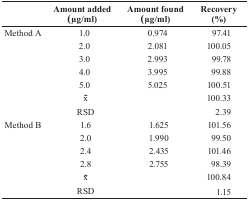
<table><thead><tr><td>[EMPTY_CELL]</td><td><b>Amount added (μg/ml)</b></td><td><b>Amount found (μg/ml)</b></td><td><b>Recovery (%)</b></td></tr></thead><tbody><tr><td rowspan="7">Method A</td><td>1.0</td><td>0.974</td><td>97.41</td></tr><tr><td>2.0</td><td>2.081</td><td>100.05</td></tr><tr><td>3.0</td><td>2.993</td><td>99.78</td></tr><tr><td>4.0</td><td>3.995</td><td>99.88</td></tr><tr><td>5.0</td><td>5.025</td><td>100.51</td></tr><tr><td><overline>x</overline></td><td>[EMPTY_CELL]</td><td>100.33</td></tr><tr><td>RSD</td><td>[EMPTY_CELL]</td><td>2.39</td></tr><tr><td rowspan="6">Method B</td><td>1.6</td><td>1.625</td><td>101.56</td></tr><tr><td>2.0</td><td>1.990</td><td>99.50</td></tr><tr><td>2.4</td><td>2.435</td><td>101.46</td></tr><tr><td>2.8</td><td>2.755</td><td>98.39</td></tr><tr><td><overline>x</overline></td><td>[EMPTY_CELL]</td><td>100.84</td></tr><tr><td>RSD</td><td>[EMPTY_CELL]</td><td>1.15</td></tr></tbody></table>